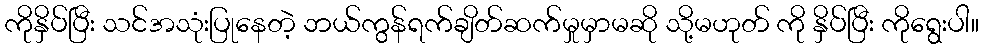
ကိုနှိပ်ပြီး သင်အသုံးပြုနေတဲ့ ဘယ်ကွန်ရက်ချိတ်ဆက်မှုမှာမဆို သို့မဟုတ် ကို နှိပ်ပြီး ကိုရွေးပါ။